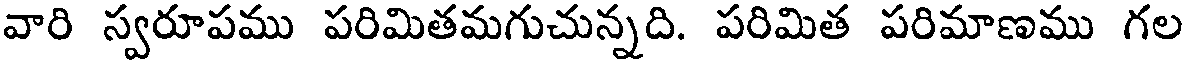
వారి స్వరూపము పరిమితమగుచున్నది. పరిమిత పరిమాణము గల